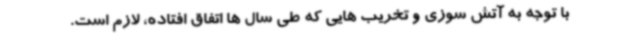
با توجه به آتش سوزی و تخریب هایی که طی سال ها اتفاق افتاده، لازم است.